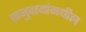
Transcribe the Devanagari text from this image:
समुदायांमधील